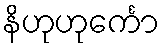
နိဟုဟုင်္ကော